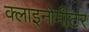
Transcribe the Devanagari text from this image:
क्लाइनोमीटर